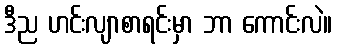
ဒီည ဟင်းလျာစာရင်းမှာ ဘာ ကောင်းလဲ။